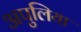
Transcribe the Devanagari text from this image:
अपुलिया